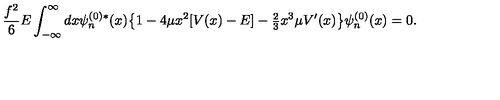
\frac { f ^ { 2 } } { 6 } E \int _ { - \infty } ^ { \infty } d x \psi _ { n } ^ { ( 0 ) * } ( x ) \bigl \{ 1 - 4 \mu x ^ { 2 } [ V ( x ) - E ] - { \textstyle \frac { 2 } { 3 } } x ^ { 3 } \mu V ^ { \prime } ( x ) \bigr \} \psi _ { n } ^ { ( 0 ) } ( x ) = 0 .